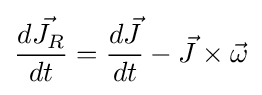
{\frac {d{\vec {J_{R}}}}{dt}}={\frac {d{\vec {J}}}{dt}}-{\vec {J}}\times {\vec {\omega }}